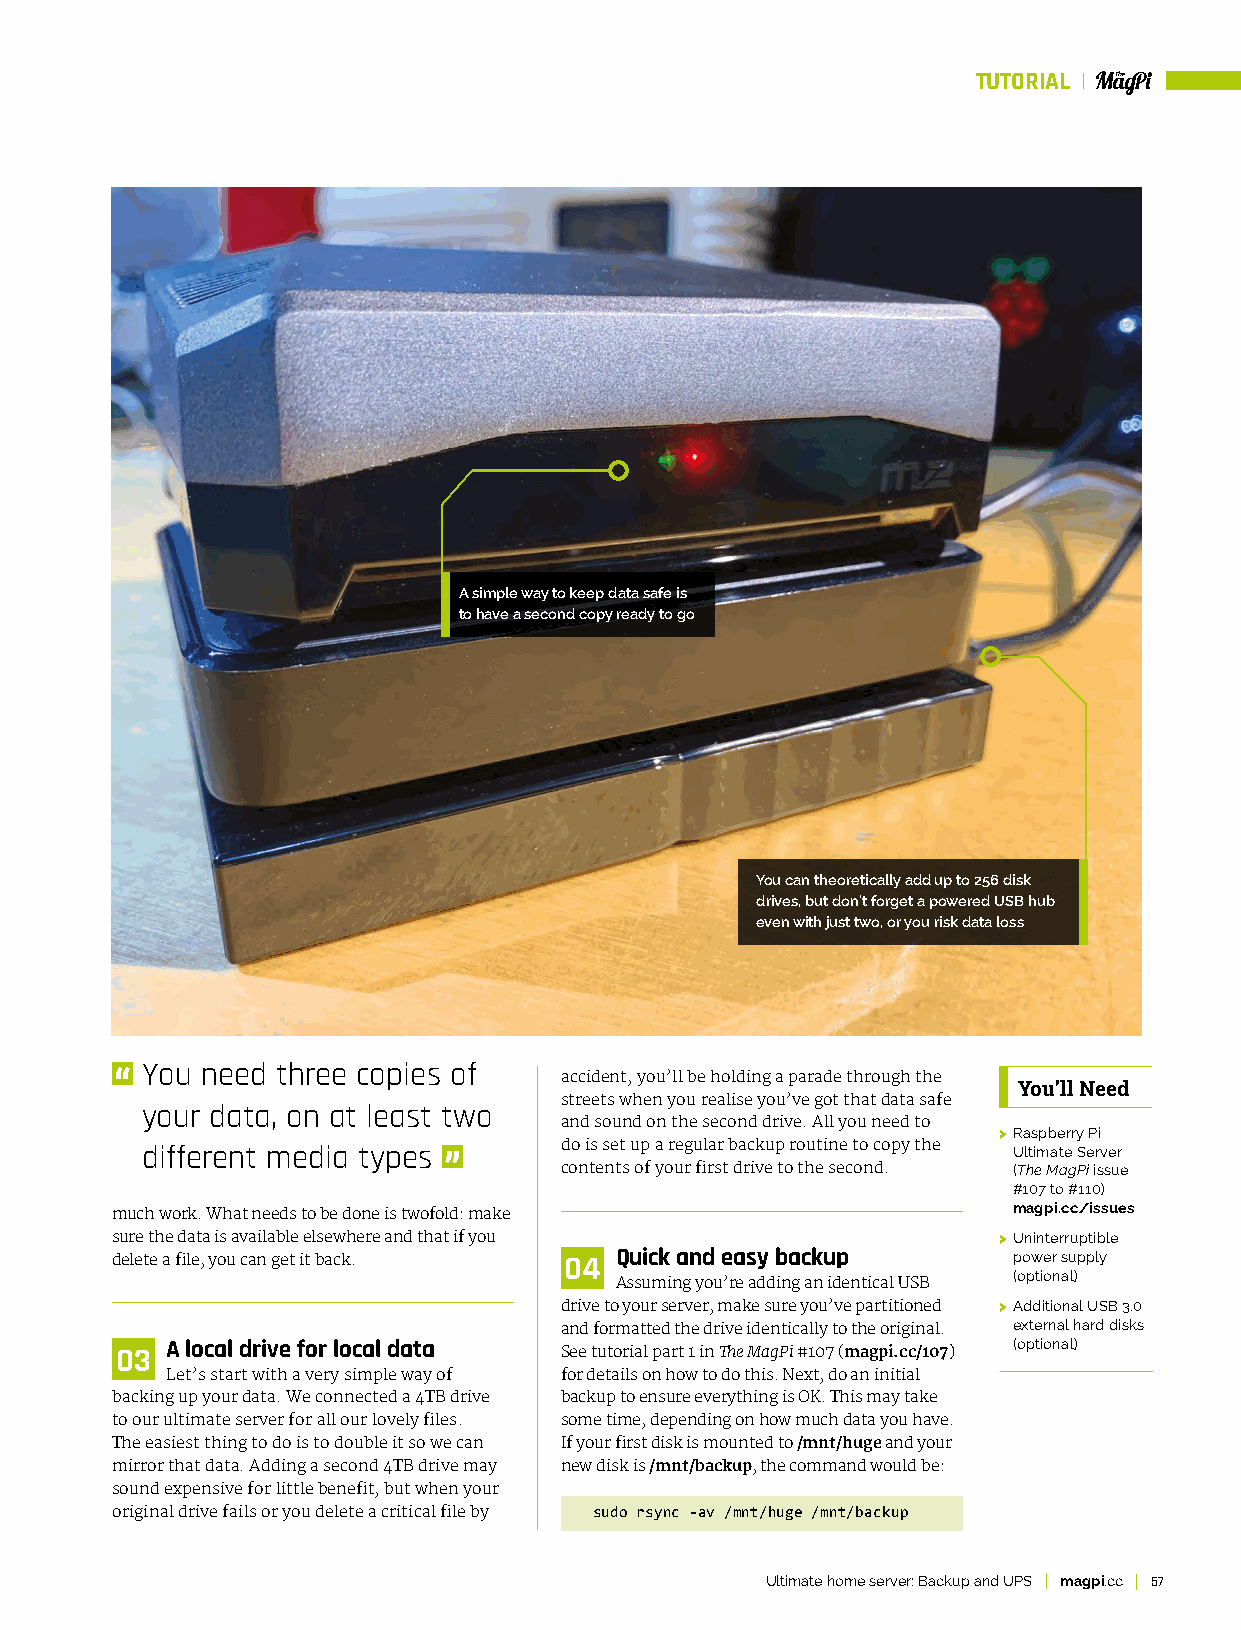
TUTORIAL
 A simple way to keep data safe is
 to have a second copy ready to go
 You can theoretically add up to 256 disk
 drives, but don’t forget a powered USB hub
 even with just two, or you risk data loss
 You need three copies of
 accident, you’ll be holding a parade through the
 You’ll Need
 streets when you realise you’ve got that data safe
 your data, on at least two
 and sound on the second drive. All you need to
 > Raspberry Pi
 different media types       do is set up a regular backup routine to copy the Ultimate Server
 contents of your first drive to the second. (The MagPi issue
 #107 to #110)
 magpi.cc/issues
 much work. What needs to be done is twofold: make
 sure the data is available elsewhere and that if you       > Uninterruptible
 delete a file, you can get it back. 04 Quick and easy backup power supply
 (optional)
 Assuming you’re adding an identical USB
 drive to your server, make sure you’ve partitioned > Additional USB 3.0
 and formatted the drive identically to the original. external hard disks
 03 A local drive for local data See tutorial part 1 in The MagPi #107 (magpi.cc/107) (optional)
 Let’s start with a very simple way of for details on how to do this. Next, do an initial
 backing up your data. We connected a 4TB drive backup to ensure everything is OK. This may take
 to our ultimate server for all our lovely files. some time, depending on how much data you have.
 The easiest thing to do is to double it so we can If your first disk is mounted to /mnt/huge and your
 mirror that data. Adding a second 4TB drive may new disk is /mnt/backup, the command would be:
 sound expensive for little benefit, but when your
 original drive fails or you delete a critical file by sudo rsync -av /mnt/huge /mnt/backup
 Ultimate home server: Backup and UPS magpi.cc 57